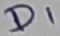
Text: D1